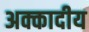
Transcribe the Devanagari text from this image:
अक्कादीय